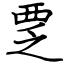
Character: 覂